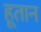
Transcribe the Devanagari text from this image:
हूतान